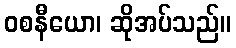
ဝစနီယော၊ ဆိုအပ်သည်။